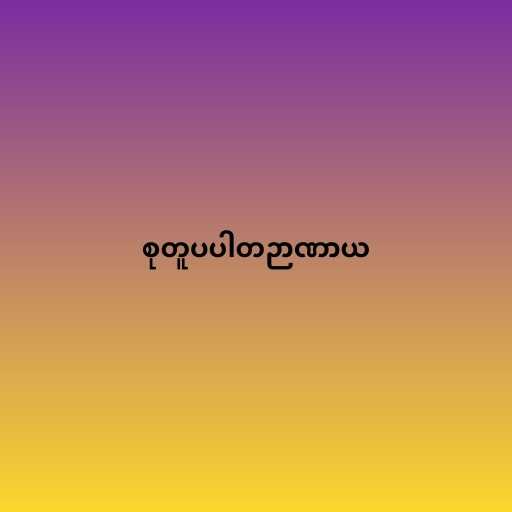
စုတူပပါတဉာဏာယ